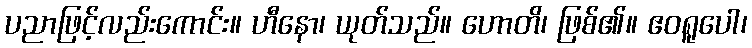
ပညာဖြင့်လည်းကောင်း။ ဟီနော၊ ယုတ်သည်။ ဟောတိ၊ ဖြစ်၏။ ဧဝရူပေါ၊